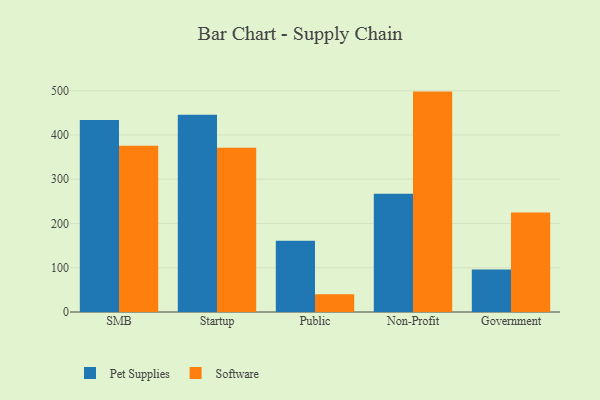
{"axis": {"x": "Segment", "y": "Inventory Turnover"}, "legend": ["Pet Supplies", "Software"], "data": [{"x": "SMB", "y": 433.9, "type": "Pet Supplies"}, {"x": "SMB", "y": 375.8, "type": "Software"}, {"x": "Startup", "y": 445.7, "type": "Pet Supplies"}, {"x": "Startup", "y": 371.1, "type": "Software"}, {"x": "Public", "y": 160.8, "type": "Pet Supplies"}, {"x": "Public", "y": 39.9, "type": "Software"}, {"x": "Non-Profit", "y": 267.2, "type": "Pet Supplies"}, {"x": "Non-Profit", "y": 497.9, "type": "Software"}, {"x": "Government", "y": 96.2, "type": "Pet Supplies"}, {"x": "Government", "y": 224.8, "type": "Software"}]}